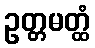
ဥတ္တမတ္ထံ